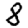
Digit: 8